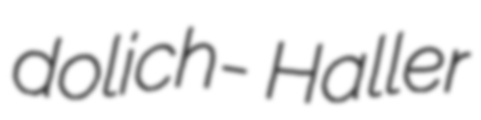
dolich- Haller